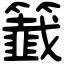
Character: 籖